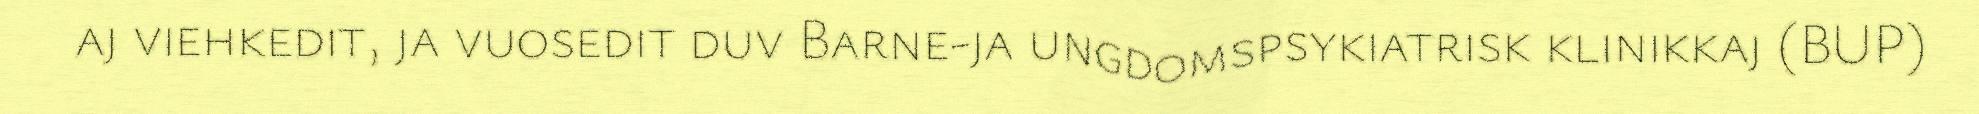
aj viehkedit, ja vuosedit duv Barne-ja ungdomspsykiatrisk klinikkaj (BUP)